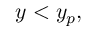
y < y _ { p } ,